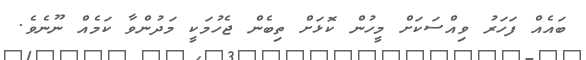
ބައެއް ފަހަރު ވިއްސަކަށް މީހުން ކޮޅަށް ތިބެން ޖެހުމަކީ މަދުންވާ ކަމެއް ނޫނެވެ.